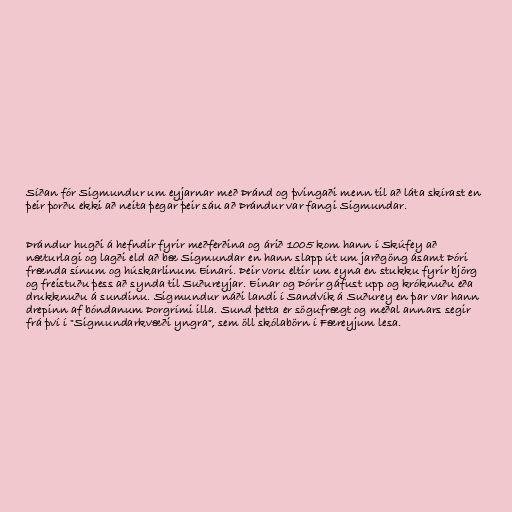
Síðan fór Sigmundur um eyjarnar með Þránd og þvingaði menn til að láta skírast en
þeir þorðu ekki að neita þegar þeir sáu að Þrándur var fangi Sigmundar.

Þrándur hugði á hefndir fyrir meðferðina og árið 1005 kom hann í Skúfey að
næturlagi og lagði eld að bæ Sigmundar en hann slapp út um jarðgöng ásamt Þóri
frænda sínum og húskarlinum Einari. Þeir voru eltir um eyna en stukku fyrir björg
og freistuðu þess að synda til Suðureyjar. Einar og Þórir gáfust upp og króknuðu eða
drukknuðu á sundinu. Sigmundur náði landi í Sandvík á Suðurey en þar var hann
drepinn af bóndanum Þorgrími illa. Sund þetta er sögufrægt og meðal annars segir
frá því í "Sigmundarkvæði yngra", sem öll skólabörn í Færeyjum lesa.